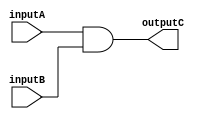

//============================================
//AND operation
//============================================
module ANDER(inputA,inputB,outputC);
	input  [15:0] inputA;
	input  [15:0] inputB;
	output [15:0] outputC;
	wire   [15:0] inputA;
	wire   [15:0] inputB;
	reg    [15:0] outputC;
	reg    [15:0] result;

	always@(*)
		begin
			result=inputA&inputB;
			outputC=result;
		end
 
endmodule

//============================================
//XOR operation
//============================================
module XORER(inputA,inputB,outputC);
	input  [15:0] inputA;
	input  [15:0] inputB;
	output [15:0] outputC;
	wire   [15:0] inputA;
	wire   [15:0] inputB;
	reg    [15:0] outputC;
	reg    [15:0] result;

	always@(*)
		begin
			result=inputA^inputB;
			outputC=result;
		end
 
endmodule

//============================================
// OR operation
//============================================
module ORER(inputA,inputB,outputC);
	input  [15:0] inputA;
	input  [15:0] inputB;
	output [15:0] outputC;
	wire   [15:0] inputA;
	wire   [15:0] inputB;
	reg    [15:0] outputC;
	reg    [15:0] result;

	always@(*)
		begin
			result=inputA|inputB;
			outputC=result;
		end
 
endmodule

//============================================
// NAND operation
//============================================
module NANDER(inputA,inputB,outputC);
	input  [15:0] inputA;
	input  [15:0] inputB;
	output [15:0] outputC;
	wire   [15:0] inputA;
	wire   [15:0] inputB;
	reg    [15:0] outputC;
	reg    [15:0] result;

	always@(*)
		begin
			//input = 0 & 1  output = 1
			result= ~(inputA&inputB);
			outputC=result;
		end
 
endmodule

//============================================
// NOT operation
//============================================
module NOTER(inputA,outputC);
	input  [15:0] inputA;
	output [15:0] outputC;
	wire   [15:0] inputA;
	reg    [15:0] outputC;
	reg    [15:0] result;

	always@(*)
		begin
			// this has to be a not gate, I will be using '~' to implement not A, similarly would be for Not B
			// input = 0001  output = 1110
			result= ~inputA;
			outputC=result;
		end
 
endmodule

//============================================
// NOR operation
//============================================
module NORER(inputA,inputB,outputC);
	input  [15:0] inputA;
	input  [15:0] inputB;
	output [15:0] outputC;
	wire   [15:0] inputA;
	wire   [15:0] inputB;
	
	reg    [15:0] outputC;
	reg    [15:0] result;

	always@(*)
		begin
			result= ~(inputA|inputB);
			outputC=result;
		end
 
endmodule

//============================================
//XNOR operation
//============================================
module XNORER(inputA,inputB,outputC);
	input  [15:0] inputA;
	input  [15:0] inputB;
	output [15:0] outputC;
	
	wire   [15:0] inputA;
	wire   [15:0] inputB;
	
	reg    [15:0] outputC;
	reg    [15:0] result;

	always@(*)
		begin
			result= ~(inputA^inputB);
			outputC=result;
		end
 
endmodule